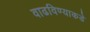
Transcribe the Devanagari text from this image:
वाढविण्याकडे